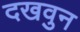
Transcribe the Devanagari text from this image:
दखवुन